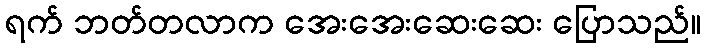
ရက် ဘတ်တလာက အေးအေးဆေးဆေး ပြောသည်။